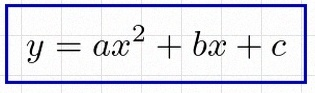
y=ax^2+bx+c